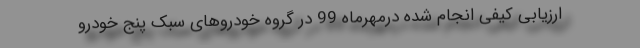
ارزیابی کیفی انجام شده درمهرماه 99 در گروه خودروهای سبک پنج خودرو